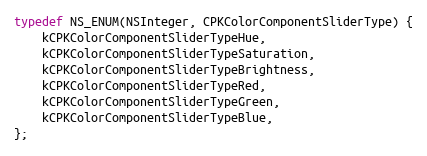
Language: C
typedef NS_ENUM(NSInteger, CPKColorComponentSliderType) {
    kCPKColorComponentSliderTypeHue,
    kCPKColorComponentSliderTypeSaturation,
    kCPKColorComponentSliderTypeBrightness,
    kCPKColorComponentSliderTypeRed,
    kCPKColorComponentSliderTypeGreen,
    kCPKColorComponentSliderTypeBlue,
};